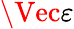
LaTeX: \Vec{\varepsilon}